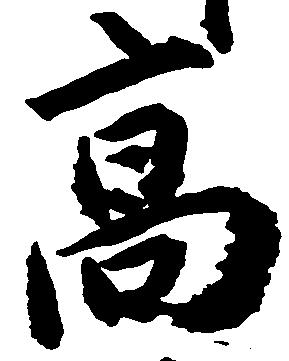
高